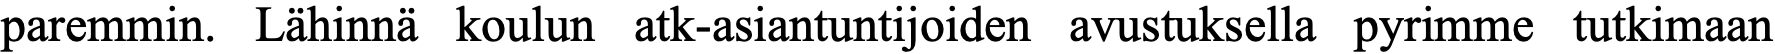
paremmin. Lähinnä koulun atk-asiantuntijoiden avustuksella pyrimme tutkimaan